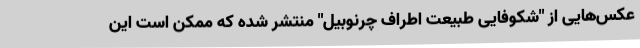
عکس‌هایی از "شکوفایی طبیعت اطراف چرنوبیل" منتشر شده که ممکن است این